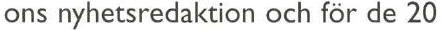
ons nyhetsredaktion och för de 20